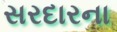
સરદારના